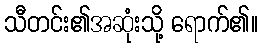
သီတင်း၏အဆုံးသို့ ရောက်၏။